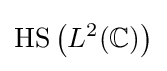
{\text{HS}}\left(L^{2}(\mathbb {C} )\right)